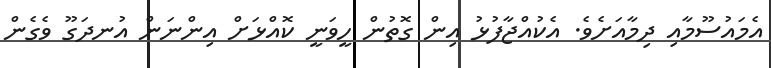
އެމައުސޫމާއި ދިމާއަށެވެ. އެކުއްޖާފުޅު އިން ގޮތުން ހީވަނީ ކޮއްޅަށް އިންނަން އުނދަގޫ ވެގެން